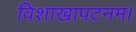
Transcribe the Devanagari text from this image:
विशाखापटनम।